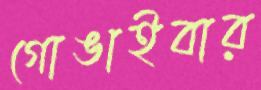
গোঙাইবার